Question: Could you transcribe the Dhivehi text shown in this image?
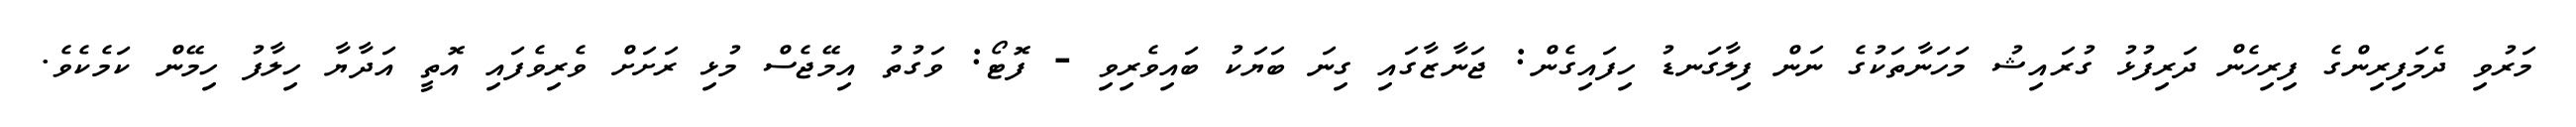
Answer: މަރުވި ދެމަފިރިންގެ ފިރިހެން ދަރިފުޅު ގުރައިޝު މަހަނާތަކުގެ ނަން ފިލާގަނޑު ހިފައިގެން: ޖަނާޒާގައި ގިނަ ބަޔަކު ބައިވެރިވި - ފޮޓޯ: ވަގުތު އިމޭޖެސް މުޅި ރަށަށް ވެރިވެފައި އޮތީ އަދާޔާ ހިލާފު ހިމޭން ކަމެކެވެ.